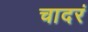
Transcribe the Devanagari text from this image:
चादरं